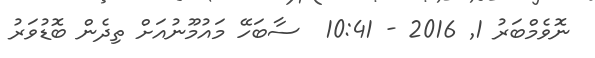
ނޮވެމްބަރު 1